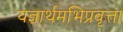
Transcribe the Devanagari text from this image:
यज्ञार्थमभिप्रवृत्ता